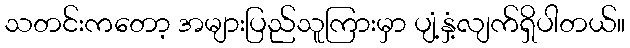
သတင်းကတော့ အများပြည်သူကြားမှာ ပျံ့နှံ့လျက်ရှိပါတယ်။